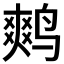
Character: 𮭪